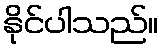
နိုင်ပါသည်။